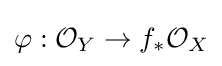
\varphi :{\mathcal {O}}_{Y}\to f_{*}{\mathcal {O}}_{X}